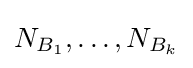
N_{B_{1}},\ldots ,N_{B_{k}}